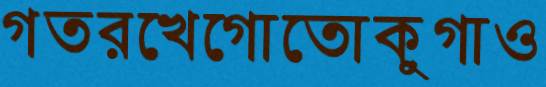
গতরখেগোতোকুগাও